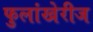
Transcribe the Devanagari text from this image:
फुलांखेरीज